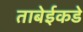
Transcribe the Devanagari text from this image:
ताबेईकडे